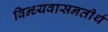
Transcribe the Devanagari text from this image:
विन्ध्यवासनतीर्थ